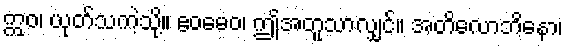
ဣဝ၊ ယုတ်သကဲ့သို့။ ဧဝမေဝ၊ ဤအတူသာလျှင်။ အတိလောဘိနော၊